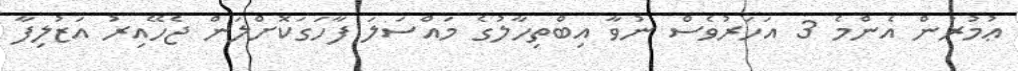
ޢުމުރުން އެންމެ 3 އަހަރުވެސް ނުވާ އިބްތިހާލުގެ މައްސަލަ ފާހަގަކޮށްލަން ޖެހޭއިރު އަޒުލިފާ